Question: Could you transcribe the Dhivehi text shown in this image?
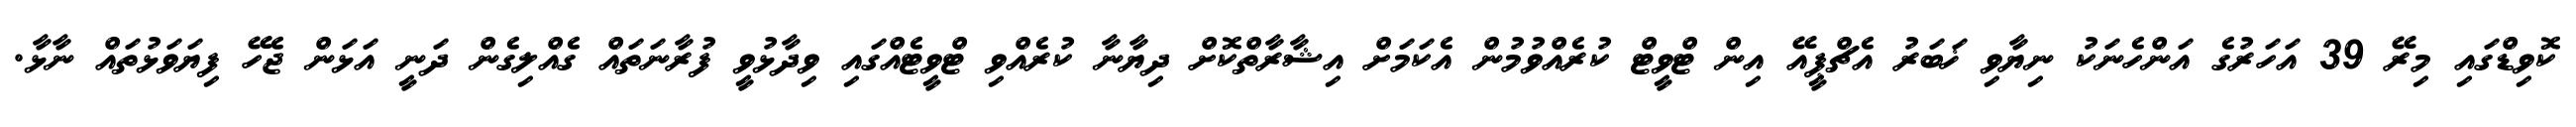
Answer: ކޮވިޑްގައި މިރޭ 39 އަހަރުގެ އަންހެނަކު ނިޔާވި ޚަބަރު އެޗްޕީއޭ އިން ޓްވީޓް ކުރެއްވުމުން އެކަމަށް އިޝާރާތްކޮށް ދިޔާނާ ކުރެއްވި ޓްވީޓެއްގައި ވިދާޅުވީ ފުރާނަތައް ގެއްލިގެން ދަނީ އަޅަން ޖެހޭ ފިޔަވަޅުތައް ނާޅާ.